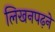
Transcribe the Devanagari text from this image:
लिखनपढ़ने